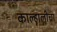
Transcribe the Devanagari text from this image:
काल्हालीचा